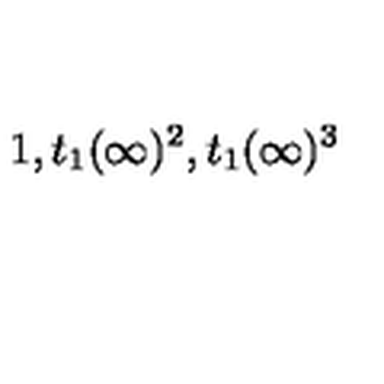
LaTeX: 1 , t _ { 1 } ( \infty ) ^ { 2 } , t _ { 1 } ( \infty ) ^ { 3 }